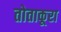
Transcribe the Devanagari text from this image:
तोताकूरा